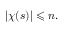
| \chi ( s ) | \leqslant n .